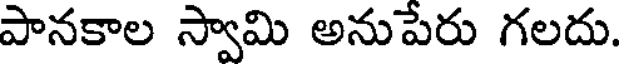
పానకాల స్వామి అనుపేరు గలదు.